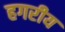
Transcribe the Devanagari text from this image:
हगरीय